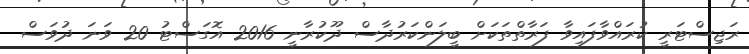
ރަޖިސްޓަރީ ކުރަައްވާފައިވާ ފަރާތްތަކަށް ބީލަންކަރުދާސް ދޫކުރާނީ 2016 އޮގަސްޓު 20 ވަނަ ދުވަސް